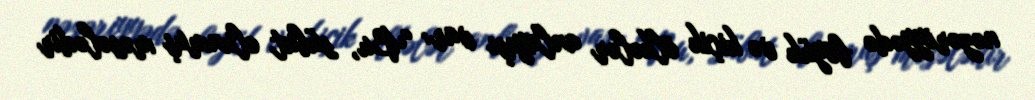
nəzəriyyədə böyük və kiçik ölkələr anlayışı var: “Bu, sübut olunmuş məsələdir